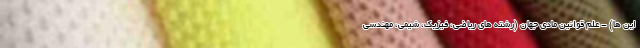
این ها) - علم قوانین مادی جهان (رشته های ریاضی، فیزیک، شیمی، مهندسی